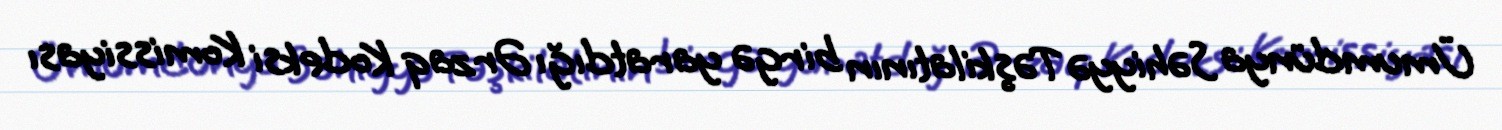
Ümumdünya Səhiyyə Təşkilatının birgə yaratdığı Ərzaq Kodeksi Komissiyası